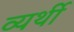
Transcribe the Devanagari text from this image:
व्‍यर्थी